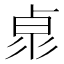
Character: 𠧻